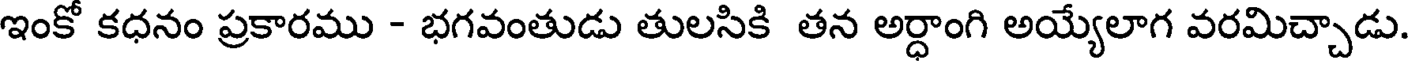
ఇంకో కధనం ప్రకారము - భగవంతుడు తులసికి తన అర్ధాంగి అయ్యేలాగ వరమిచ్చాడు.